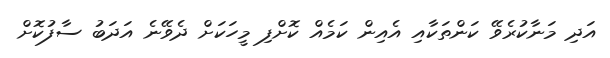
އަދި މަނާކުރެވޭ ކަންތަކާއި އެއިން ކަމެއް ކޮށްފި މީހަކަށް ދެވޭނެ އަދަބު ސާފުކޮށް